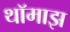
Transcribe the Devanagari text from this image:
थॉमाझ